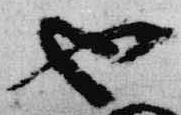
也